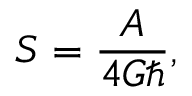
S = \frac { A } { 4 G \hbar } ,